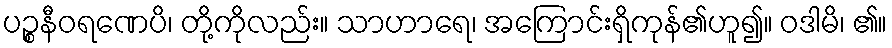
ပဉ္စနီဝရဏေပိ၊ တို့ကိုလည်း။ သာဟာရေ၊ အကြောင်းရှိကုန်၏ဟူ၍။ ဝဒါမိ၊ ၏။